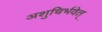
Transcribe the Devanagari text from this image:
अशुचिर्भवेत्